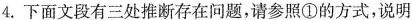
4.下面文段有三处推断存在问题，请参照①的方式，说明